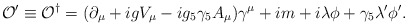
\begin{align*}{\cal O}' \equiv {\cal O}^\dagger = (\partial_\mu + i gV_\mu - ig_5 \gamma_5 A_\mu) \gamma^\mu +i m + i \lambda\phi + \gamma_5 \lambda'\phi'. \end{align*}